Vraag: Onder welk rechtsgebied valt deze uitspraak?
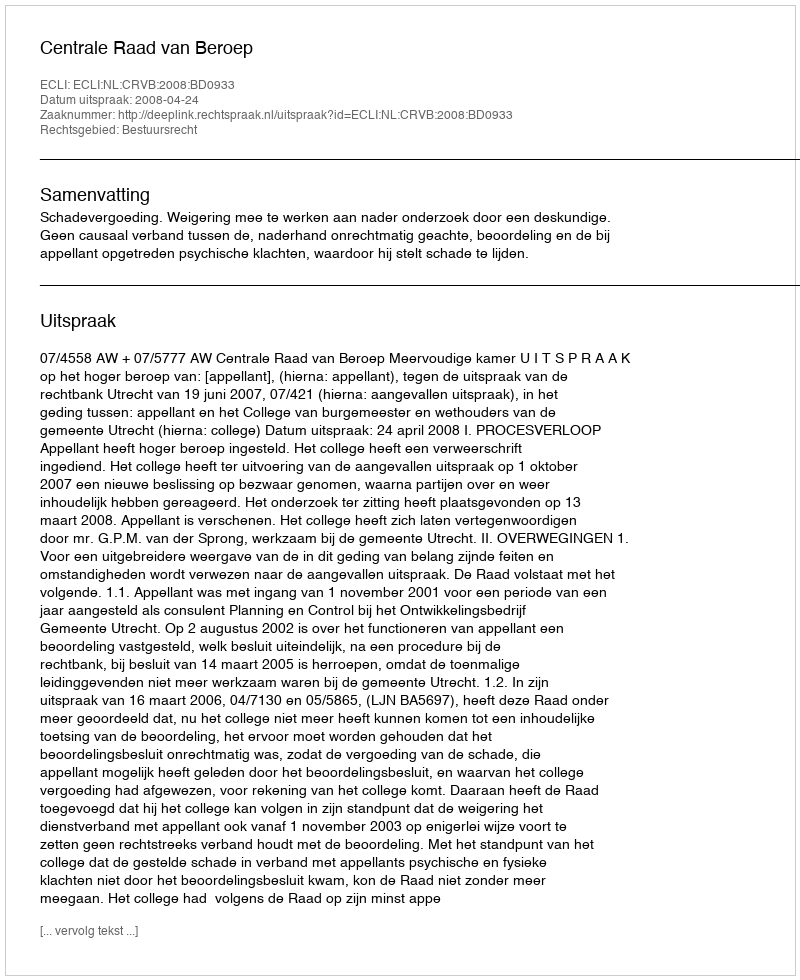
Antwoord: Bestuursrecht